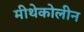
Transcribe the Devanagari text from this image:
मीथेकोलीन